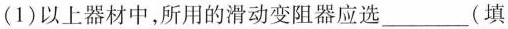
(1) 以上器材中，所用的滑动变阻器应选___(填